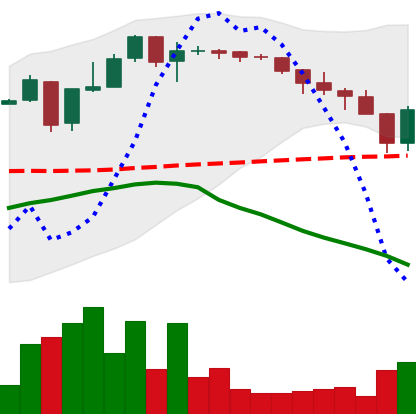
Ticker: XLM-USD
Chart end date: 2018-05-12
Forward return: -12.902%
Label: down_7plus